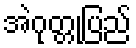
အဲဂုတ္တုပြည်